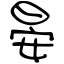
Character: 晏